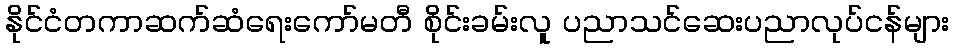
နိုင်ငံတကာဆက်ဆံရေးကော်မတီ စိုင်းခမ်းလူ ပညာသင်ဆေးပညာလုပ်ငန်များ